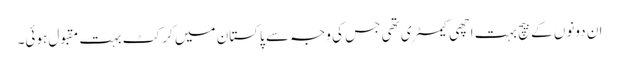
ان دونوں کے بیچ بہت اچھی کیمسٹری تھی جس کی وجہ سے پاکستان میں کرکٹ بہت مقبول ہوئی۔